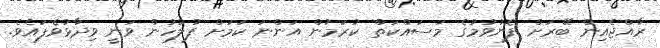
ރާއްޖެއިން ބޭރަށް ފޮނުވުމުގެ މަސައްކަތް ކުރަމުން އަންނަ ކަމަށް ފުލުހުން ވަނީ ވިދާޅުވެފައެވެ.